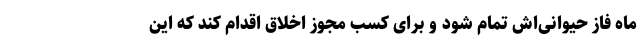
ماه فاز حیوانی‌اش تمام شود و برای کسب مجوز اخلاق اقدام کند که این